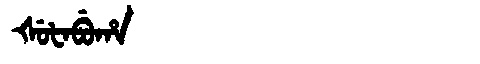
Manchu: ᡧᡠᡶᠠᠪᡠᡥᠠ
Romanization: ŠUFABUHA